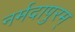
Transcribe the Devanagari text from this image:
नर्मदापुरम्